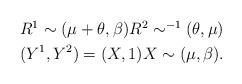
LaTeX: \begin{align*}\begin{gathered}R^1\sim (\mu+\theta,\beta)R^2\sim ^{-1}(\theta,\mu)\\(Y^1,Y^2) = (X, 1) X\sim (\mu,\beta).\end{gathered}\end{align*}